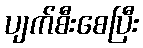
ပျက်စီးစေပြီး